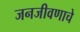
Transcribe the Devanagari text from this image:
जनजीवणाचे